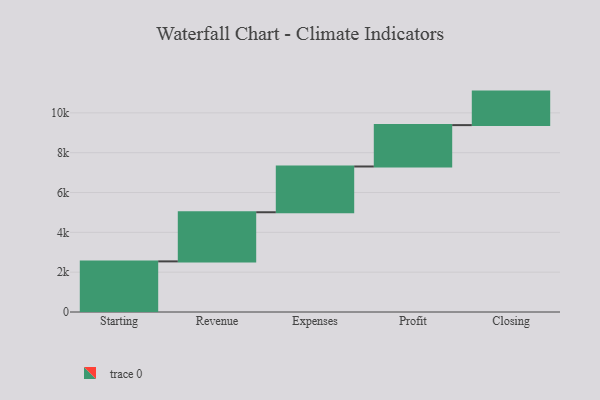
{"axis": {"x": "Step", "y": "Value"}, "legend": [""], "data": [{"x": "Starting", "y": 2542.0, "type": ""}, {"x": "Revenue", "y": 2467.0, "type": ""}, {"x": "Expenses", "y": 2298.0, "type": ""}, {"x": "Profit", "y": 2078.0, "type": ""}, {"x": "Closing", "y": 1683.0, "type": ""}]}